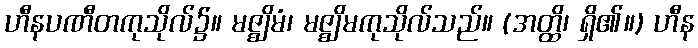
ဟီနပဏီတကုသိုလ်၌။ မဇ္ဈိမံ၊ မဇ္ဈိမကုသိုလ်သည်။ (အတ္ထိ၊ ရှိ၏။) ဟီန